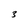
Character: 3